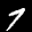
Label: 7